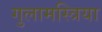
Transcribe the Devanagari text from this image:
गुलामस्त्रिया